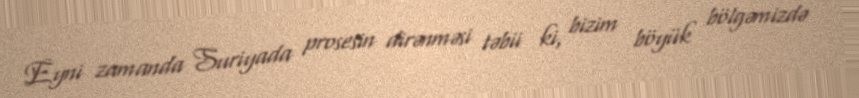
Eyni zamanda Suriyada prosesin dirənməsi təbii ki, bizim böyük bölgəmizdə